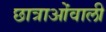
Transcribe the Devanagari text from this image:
छात्राओंवाली